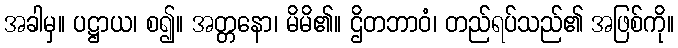
အခါမှ။ ပဋ္ဌာယ၊ စ၍။ အတ္တနော၊ မိမိ၏။ ဌိတဘာဝံ၊ တည်ရပ်သည်၏ အဖြစ်ကို။